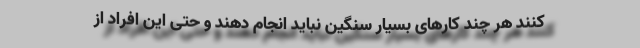
کنند هر چند کارهای بسیار سنگین نباید انجام دهند و حتی این افراد از